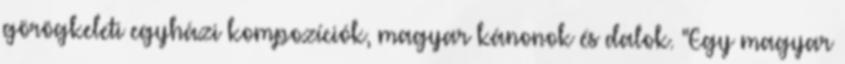
görögkeleti egyházi kompozíciók, magyar kánonok és dalok. "Egy magyar